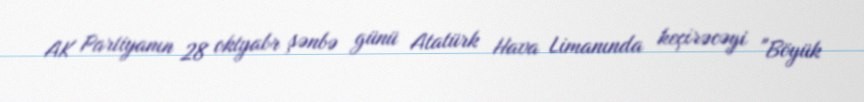
AK Partiyanın 28 oktyabr şənbə günü Atatürk Hava Limanında keçirəcəyi "Böyük